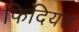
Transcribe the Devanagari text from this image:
फिदियस